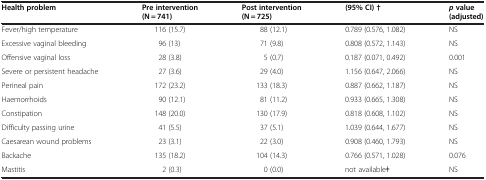
| Health problem | Pre intervention (N = 741) | Post intervention (N = 725) | (95% CI) † | pvalue (adjusted) |
 | --- | --- | --- | --- | --- |
 | Fever/high temperature | 116 (15.7) | 88 (12.1) | 0.789 (0.576, 1.082) | NS |
 | Excessive vaginal bleeding | 96 (13) | 71 (9.8) | 0.808 (0.572, 1.143) | NS |
 | Offensive vaginal loss | 28 (3.8) | 5 (0.7) | 0.187 (0.071, 0.492) | 0.001 |
 | Severe or persistent headache | 27 (3.6) | 29 (4.0) | 1.156 (0.647, 2.066) | NS |
 | Perineal pain | 172 (23.2) | 133 (18.3) | 0.887 (0.662, 1.187) | NS |
 | Haemorrhoids | 90 (12.1) | 81 (11.2) | 0.933 (0.665, 1.308) | NS |
 | Constipation | 148 (20.0) | 130 (17.9) | 0.818 (0.608, 1.102) | NS |
 | Difficulty passing urine | 41 (5.5) | 37 (5.1) | 1.039 (0.644, 1.677) | NS |
 | Caesarean wound problems | 23 (3.1) | 22 (3.0) | 0.908 (0.460, 1.793) | NS |
 | Backache | 135 (18.2) | 104 (14.3) | 0.766 (0.571, 1.028) | 0.076 |
 | Mastitis | 2 (0.3) | 0 (0.0) | not availableǂ | NS |